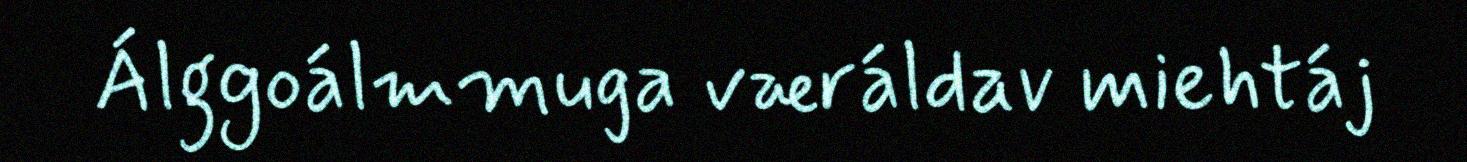
Álggoálmmuga væráldav miehtáj